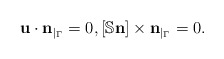
\begin{align*} {\bf u} \cdot {\bf n}_{|_{\Gamma}} = 0, [ \mathbb{S} {\bf n}] \times {\bf n}_{|_{\Gamma}} = 0.\end{align*}